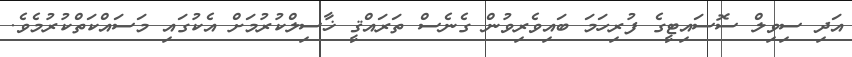
އަދި ސިވިލް ސޮސައިޓީގެ ފުރިހަމަ ބައިވެރިވުން ގެނެސް ތަރައްޤީ ޚާސިލްކުރުމަށް އެކުގައި މަސައްކަތްކުރުމެވެ.